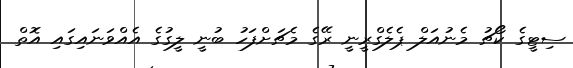
ސިޓީގެ ކޯޗު މެނުއަލް ޕެލެގްރީނީ ރޭގެ މެޗަށްފަހު ބުނީ ލީގުގެ އެއްވަނައިގައި އޮތް